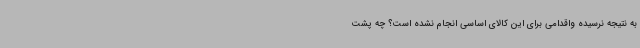
به نتیجه نرسیده واقدامی برای این کالای اساسی انجام نشده است؟ چه پشت